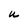
Character: u